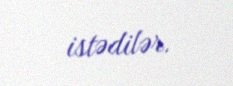
istədilər.